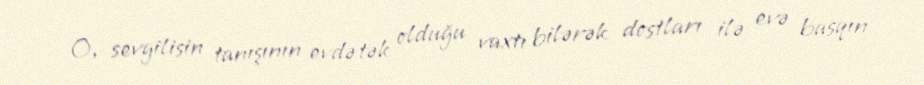
O, sevgilisin tanışının evdə tək olduğu vaxtı bilərək dostları ilə evə basqın